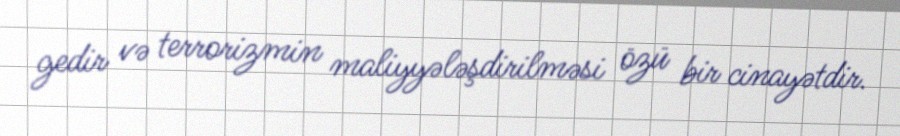
gedir və terrorizmin maliyyələşdirilməsi özü bir cinayətdir.